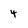
Character: 4